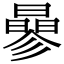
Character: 曑